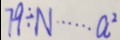
7 9 \div N \cdots a ^ { 2 }